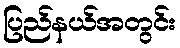
ပြည်နယ်အတွင်း